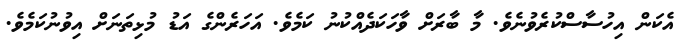
އެކަން އިހުސާސްކުރެވުނެވެ. މާ ބާރަށް ވާހަކަދެއްކުނު ކަމެވެ. އަހަރެންގެ އަޑު މުޅިތަނަށް އިވުނުކަމެވެ.